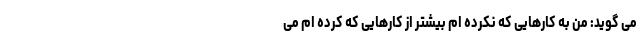
می گوید: من به کارهایی که نکرده ام بیشتر از کارهایی که کرده ام می